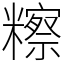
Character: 𥽕